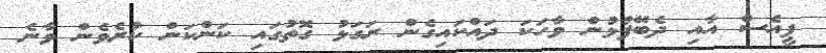
ޕީއެސް އާއި ދެބޭފުޅުން ވާހަކަ ދައްކައިގެން ރަގަޅު ގޮތުގައި ކަންކަން ކުރެވެން ވާނެ